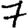
Digit: 7